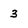
Character: 3